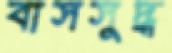
বাসসুদ্ধ